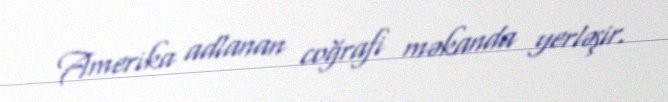
Amerika adlanan coğrafi məkanda yerləşir.